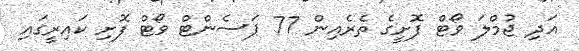
އަދި ޖުމްލަ ވޯޓް ފޮށީގެ ތެރެއިން 77 ޕަސެންޓް ވޯޓް ފޮށި ކައިރީގައި